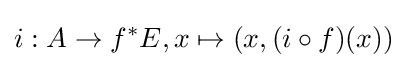
i:A\to f^{*}E,x\mapsto (x,(i\circ f)(x))